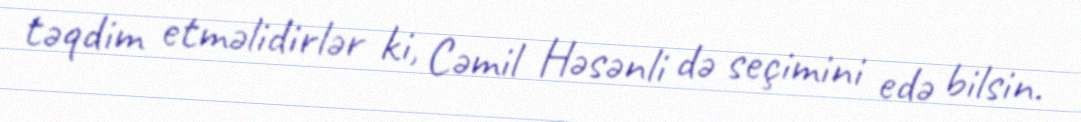
təqdim etməlidirlər ki, Cəmil Həsənli də seçimini edə bilsin.